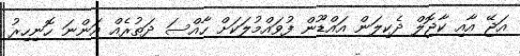
އަޖޭ އާއި ކާޖޮލް ދެކިލަން އައްޑޫން ފުވައްމުލަކަށް ހާއްސަ ދަތުރެއް އަންނަ ހޮނިހިރު